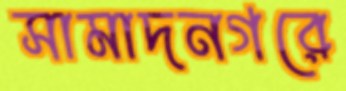
সামাদনগরে